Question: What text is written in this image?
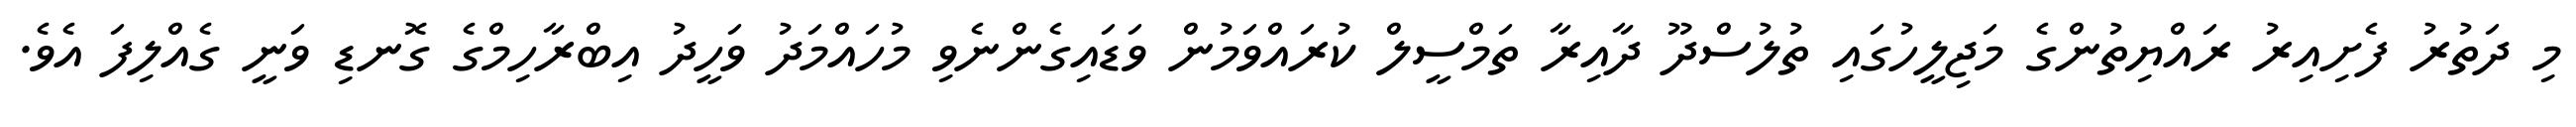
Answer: މި ދަތުރު ފެށިއިރު ރައްޔިތުންގެ މަޖިލީހުގައި ތުލުސްދޫ ދާއިރާ ތަމްސީލް ކުރައްވަމުން ވަޑައިގެންނެވި މުހައްމަދު ވަހީދު އިބްރާހިމްގެ ގޮނޑި ވަނީ ގެއްލިފަ އެވެ.